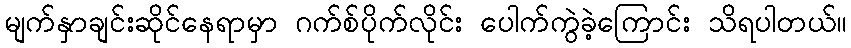
မျက်နှာချင်းဆိုင်နေရာမှာ ဂက်စ်ပိုက်လိုင်း ပေါက်ကွဲခဲ့ကြောင်း သိရပါတယ်။